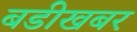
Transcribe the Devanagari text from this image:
बडीखबर